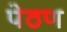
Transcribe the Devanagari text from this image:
पेठण